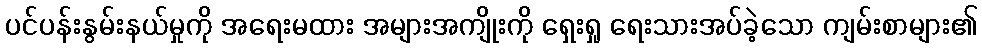
ပင်ပန်းနွမ်းနယ်မှုကို အရေးမထား အများအကျိုးကို ရှေးရှု ရေးသားအပ်ခဲ့သော ကျမ်းစာများ၏